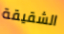
الشقيقة